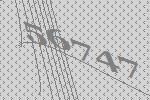
56747